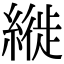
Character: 縰